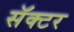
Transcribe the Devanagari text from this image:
सॅक्टर